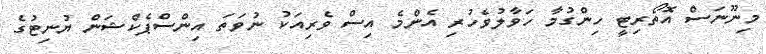
މިނޫނަސް އޮތޯރިޓީ ހިންގުމާ ހަވާލުވެހުރި އެންމެ އިސް ވެރިއަކު ނުވަތަ އިންސްޕެކްޝަން ޔުނިޓުގެ